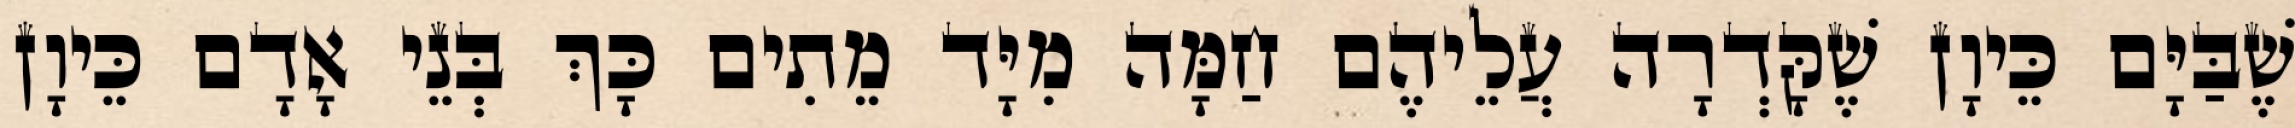
שֶׁבַּיָּם כֵּיוָן שֶׁקָּדְרָה עֲלֵיהֶם חַמָּה מִיָּד מֵתִים כָּךְ בְּנֵי אָדָם כֵּיוָן